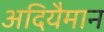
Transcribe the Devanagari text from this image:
अदियैमान